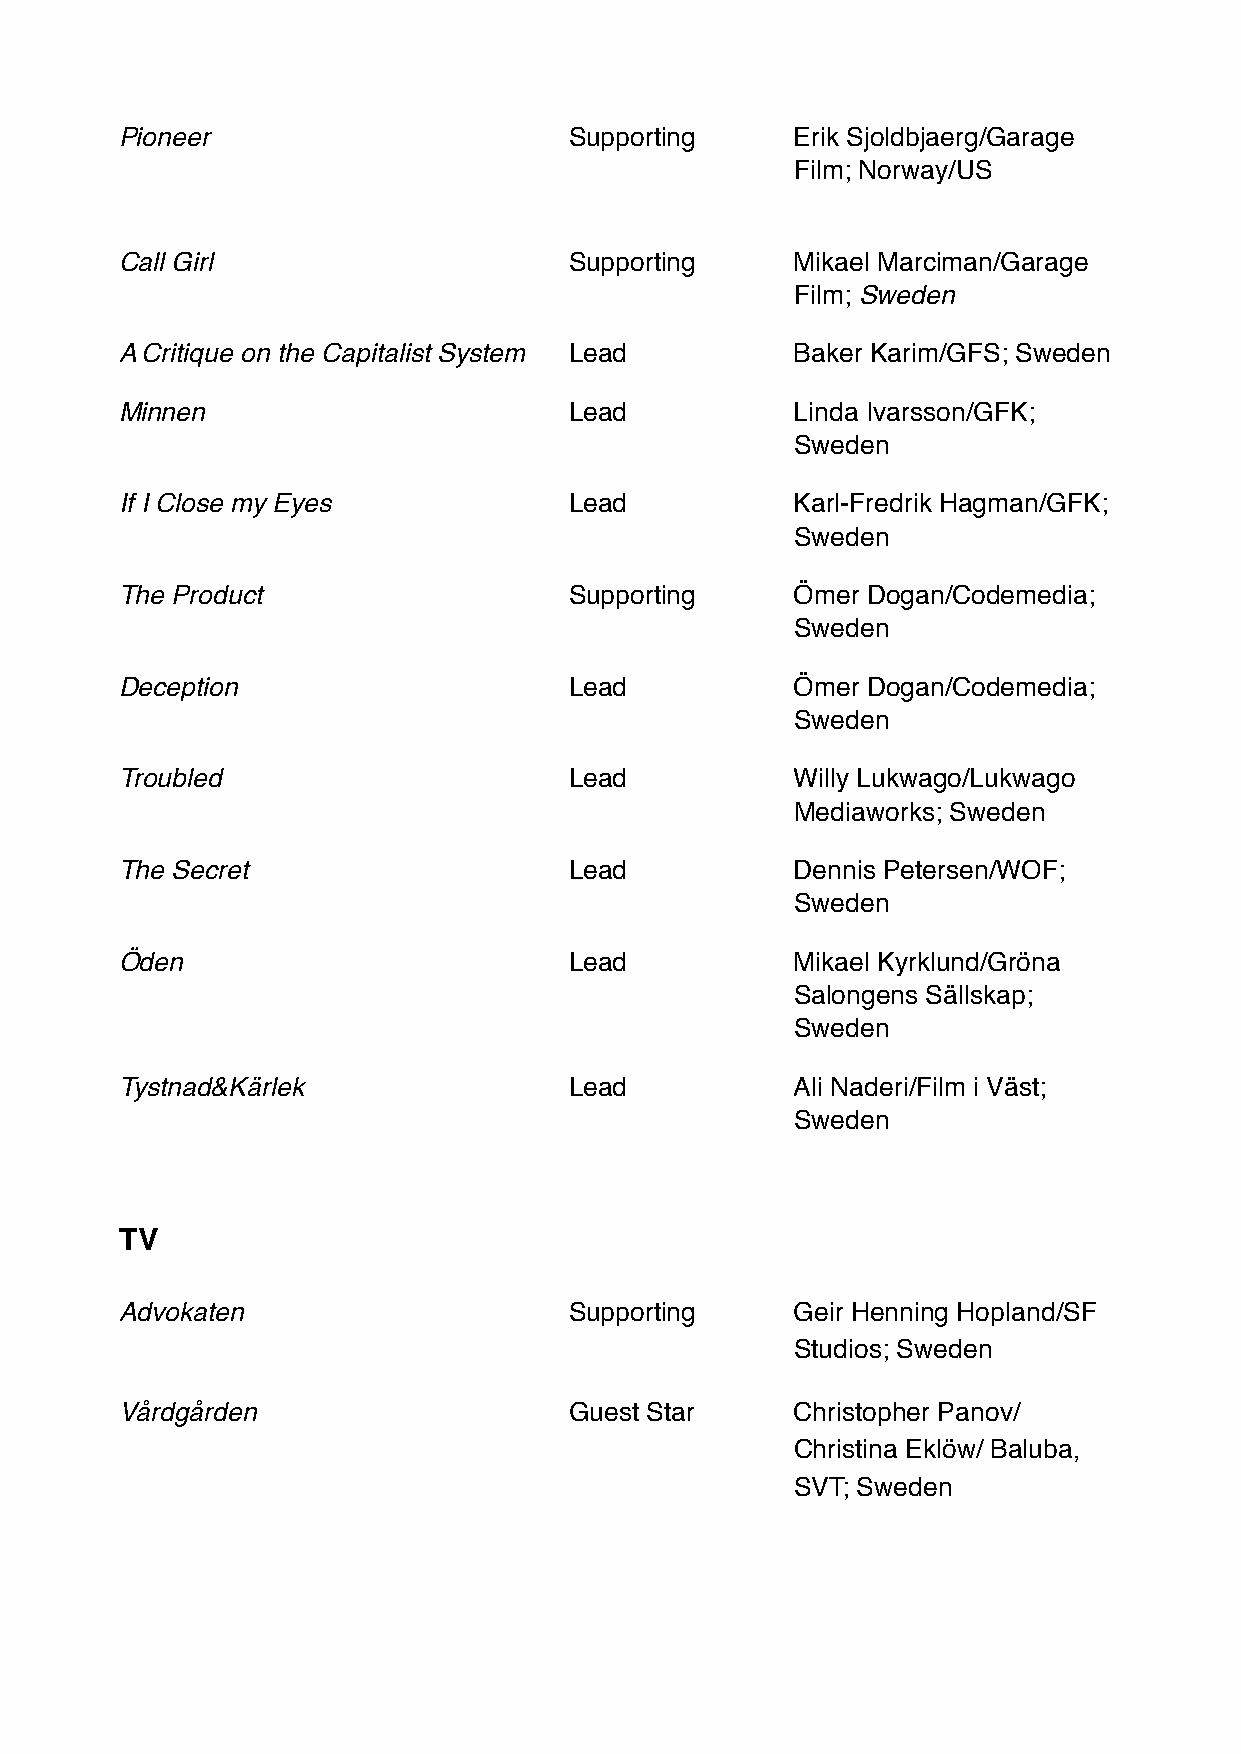
Pioneer                       Supporting     Erik Sjoldbjaerg/Garage
 Film; Norway/US
 Call Girl                     Supporting     Mikael Marciman/Garage
 Film; Sweden
 A Critique on the Capitalist System Lead     Baker Karim/GFS; Sweden
 Minnen                        Lead           Linda Ivarsson/GFK;
 Sweden
 If I Close my Eyes            Lead           Karl-Fredrik Hagman/GFK;
 Sweden
 The Product                   Supporting     Ömer Dogan/Codemedia;
 Sweden
 Deception                     Lead           Ömer Dogan/Codemedia;
 Sweden
 Troubled                      Lead           Willy Lukwago/Lukwago
 Mediaworks; Sweden
 The Secret                    Lead           Dennis Petersen/WOF;
 Sweden
 Öden                          Lead           Mikael Kyrklund/Gröna
 Salongens Sällskap;
 Sweden
 Tystnad&Kärlek                Lead           Ali Naderi/Film i Väst;
 Sweden
 TV
 Advokaten                     Supporting     Geir Henning Hopland/SF
 Studios; Sweden
 Vårdgården                    Guest Star     Christopher Panov/
 Christina Eklöw/ Baluba,
 SVT; Sweden